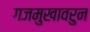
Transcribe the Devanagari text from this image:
गजमुखावरुन